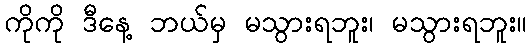
ကိုကို ဒီနေ့ ဘယ်မှ မသွားရဘူး၊ မသွားရဘူး။